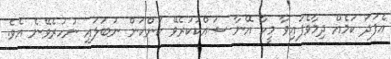
އެފަދަ ކަމެއް ދިމާވެފައިވާ މީހާ އޭނާ ޝައްކުކުރެވޭ ކަންކަން ނުބަލައި ނުހުރެވޭނެ އެވެ.